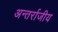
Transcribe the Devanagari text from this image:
अन्तर्राजीय